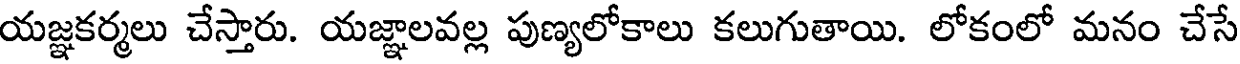
యజ్ఞకర్మలు చేస్తారు. యజ్ఞాలవల్ల పుణ్యలోకాలు కలుగుతాయి. లోకంలో మనం చేసే